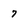
Character: 7